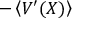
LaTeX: - \left\langle V ^ { \prime } ( X ) \right\rangle